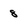
Character: 8